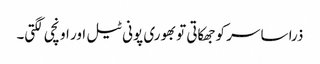
ذرا سا سر کو جھکاتی تو بھوری پونی ٹیل اور اونچی لگتی۔